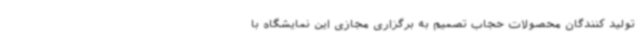
تولید کنندگان محصولات حجاب تصمیم به برگزاری مجازی این نمایشگاه با